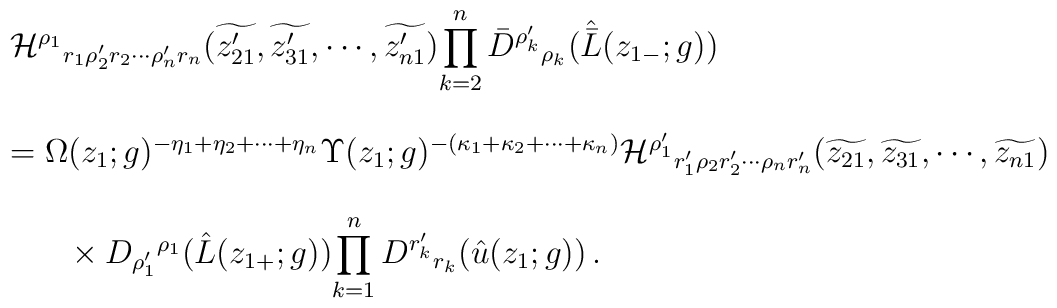
\begin{array}{l}{\cal H}^{\rho_{1}}{}_{r_{1}\rho_{2}^{\prime}r_{2}\cdots\rho_{n}^{\prime}r_{n}}(\widetilde{z^{\prime}_{21}},\widetilde{z^{\prime}_{31}},\cdots,\widetilde{z^{\prime}_{n1}})\displaystyle{\prod_{k=2}^{n}\bar{D}^{\rho^{\prime}_{k}}{}_{\rho_{k}}(\hat{\bar{L}}(z_{1-};g))}\\{}\\=\Omega(z_{1};g)^{-\eta_{1}+\eta_{2}+\cdots+\eta_{n}}\Upsilon(z_{1};g)^{-(\kappa_{1}+\kappa_{2}+\cdots+\kappa_{n})}{\cal H}^{\rho^{\prime}_{1}}{}_{r^{\prime}_{1}\rho_{2}r^{\prime}_{2}\cdots\rho_{n}r^{\prime}_{n}}(\widetilde{z_{21}},\widetilde{z_{31}},\cdots,\widetilde{z_{n1}})\\{}\\~~~~~\times D_{\rho_{1}^{\prime}}{}^{\rho_{1}}(\hat{L}(z_{1+};g))\displaystyle{\prod_{k=1}^{n}D^{r^{\prime}_{k}}{}_{r_{k}}(\hat{u}(z_{1};g))}\,.\end{array}